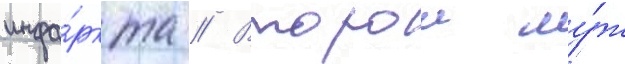
инфа́ркта // Второи му́ж